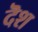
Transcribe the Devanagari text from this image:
दॆश